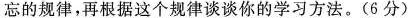
忘的规律，再根据这个规律谈谈你的学习方法。(6分)